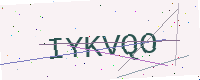
Text: IYKVQO